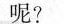
呢?